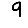
Digit: 9